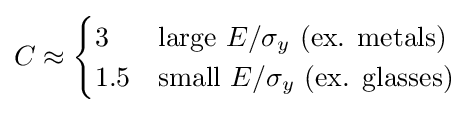
C\approx {\begin{cases}3&{\text{large }}E/\sigma _{y}{\text{ (ex. metals)}}\\1.5&{\text{small }}E/\sigma _{y}{\text{ (ex. glasses)}}\end{cases}}